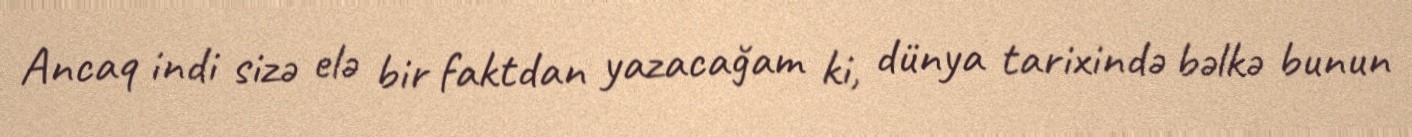
Ancaq indi sizə elə bir faktdan yazacağam ki, dünya tarixində bəlkə bunun